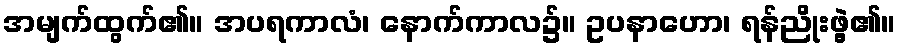
အမျက်ထွက်၏။ အပရကာလံ၊ နောက်ကာလ၌။ ဥပနာဟော၊ ရန်ညိုးဖွဲ့၏။